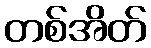
တစ်အိတ်